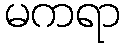
မကရာ